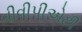
વીવીપીએટી